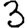
Digit: 3